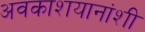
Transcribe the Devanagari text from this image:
अवकाशयानांशी